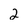
Character: 2